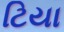
ટિયા